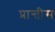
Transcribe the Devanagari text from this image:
प्रान्तीस